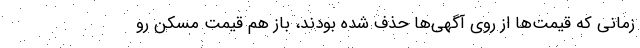
زمانی که قیمت‌ها از روی آگهی‌ها حذف شده بودند، باز هم قیمت مسکن رو